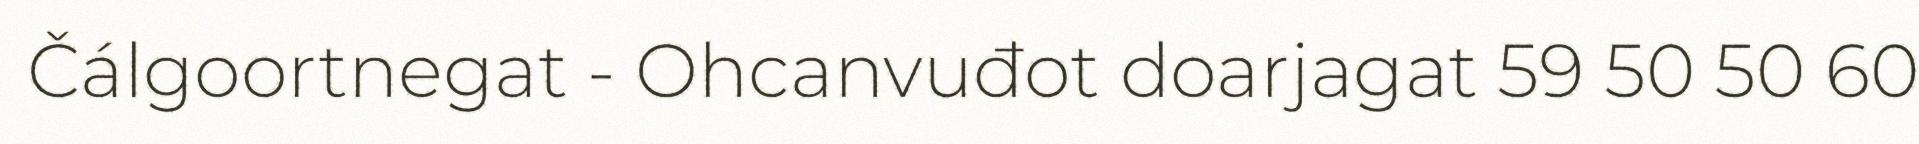
Čálgoortnegat - Ohcanvuđot doarjagat 59 50 50 60